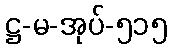
ဋ္ဌ-မ-အုပ်-၅၁၅